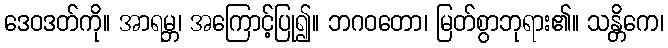
ဒေဝဒတ်ကို။ အာရမ္ဘ၊ အကြောင့်ပြု၍။ ဘဂဝတော၊ မြတ်စွာဘုရား၏။ သန္တိကေ၊